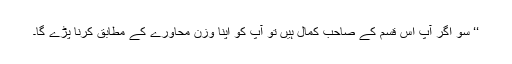
‘‘ سو اگر آپ اس قسم کے صاحب کمال ہیں تو آپ کو اپنا وزن محاورے کے مطابق کرنا پڑے گا۔